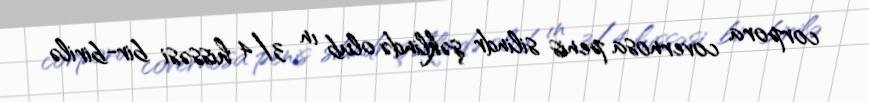
corpora covernosa penis silindr şəklində olub ın 3/4 hissəsi bir-birilə